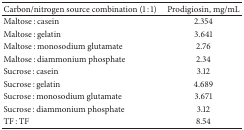
| Carbon/nitrogen source combination (1 : 1) | Prodigiosin, mg/mL |
 | --- | --- |
 | Maltose : casein | 2.354 |
 | Maltose : gelatin | 3.641 |
 | Maltose : monosodium glutamate | 2.76 |
 | Maltose : diammonium phosphate | 2.34 |
 | Sucrose : casein | 3.12 |
 | Sucrose : gelatin | 4.689 |
 | Sucrose : monosodium glutamate | 3.671 |
 | Sucrose : diammonium phosphate | 3.12 |
 | TF : TF | 8.54 |